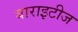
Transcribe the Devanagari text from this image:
बाराइटीज